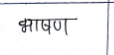
मजकूर: भाषण